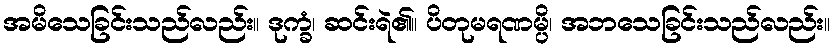
အမိသေခြင်းသည်လည်း။ ဒုက္ခံ၊ ဆင်းရဲ၏။ ပိတုမရဏမ္ပိ၊ အဘသေခြင်းသည်လည်း။